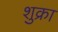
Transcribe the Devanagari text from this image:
शुक्रा